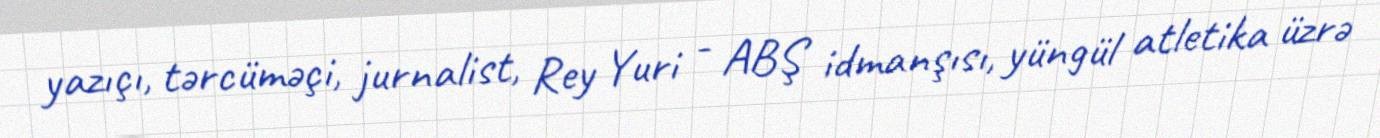
yazıçı, tərcüməçi, jurnalist, Rey Yuri - ABŞ idmanşısı, yüngül atletika üzrə